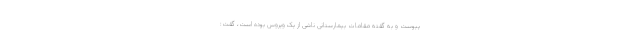
پیوست و به گفته مقامات بیمارستانی ناشی از یک ویروس بوده است، گفت: